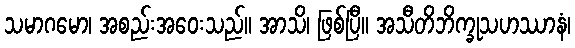
သမာဂမော၊ အစည်းအဝေးသည်။ အာသိ၊ ဖြစ်ပြီ။ အသီတိဘိက္ခုသဟဿာနံ၊